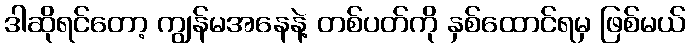
ဒါဆိုရင်တော့ ကျွန်မအနေနဲ့ တစ်ပတ်ကို နှစ်ထောင်ရမှ ဖြစ်မယ်